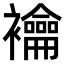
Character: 𧟇